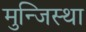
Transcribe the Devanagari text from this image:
मुन्जिस्था